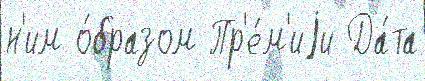
н'им о́бразом Пр'е́м'иjи Да́та